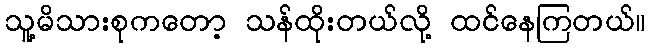
သူ့မိသားစုကတော့ သန်ထိုးတယ်လို့ ထင်နေကြတယ်။